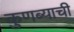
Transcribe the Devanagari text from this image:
कुणब्याची